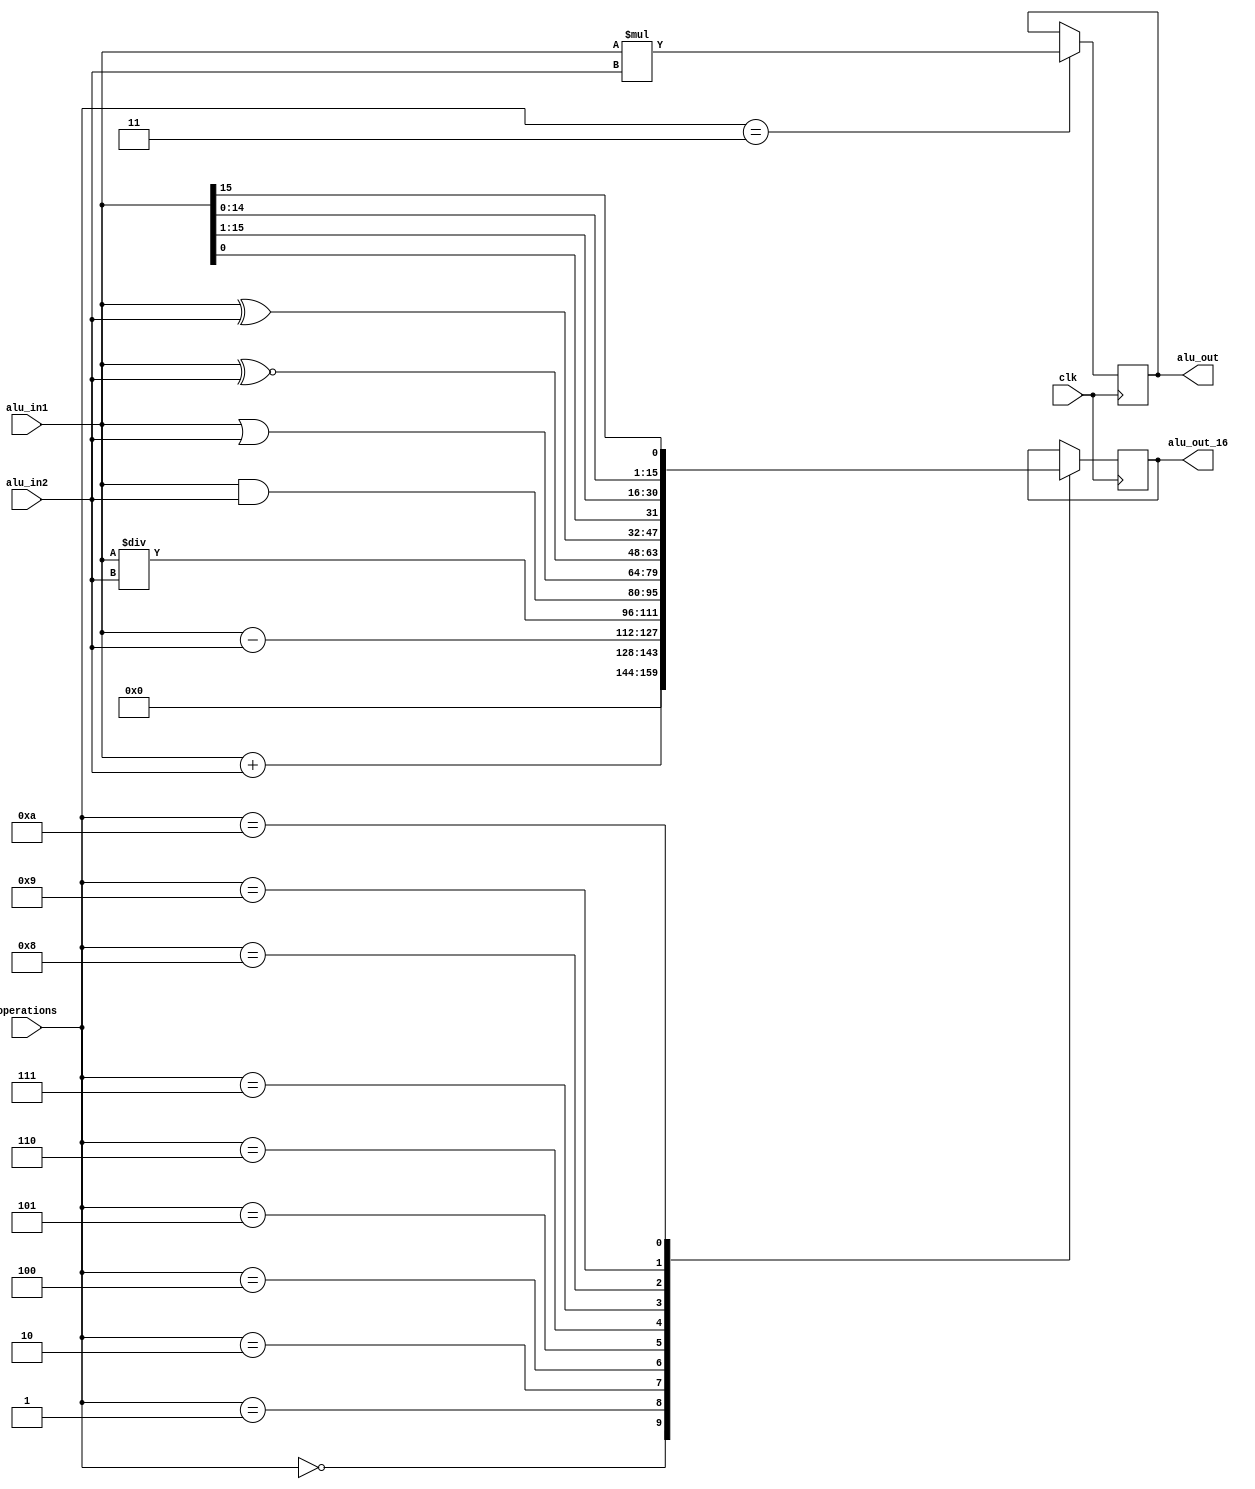
module ALU(
    input clk,
    input signed[15:0] alu_in1,
    input signed[15:0] alu_in2,
    input [3:0]operations,
    output reg[15:0] alu_out_16,
    output reg[31:0] alu_out
);
parameter NOP = 4'b0000;
parameter ADD = 4'b0001;
parameter SUB = 4'b0010;
parameter MUL = 4'b0011;
parameter DIV = 4'b0100;
parameter AND = 4'b0101;
parameter OR = 4'b0110;
parameter NOR = 4'b0111;
parameter XOR = 4'b1000;
parameter ROR = 4'b1001;
parameter ROL = 4'b1010;

always @(posedge clk) begin
    case(operations)
        NOP:alu_out_16<=32'h0;
        ADD:alu_out_16<=alu_in1+alu_in2;
        SUB:alu_out_16<=alu_in1-alu_in2;
        MUL:alu_out<=alu_in1*alu_in2;
        DIV:alu_out_16<=alu_in1/alu_in2;
        AND:alu_out_16<=alu_in1&alu_in2;
        OR:alu_out_16<=alu_in1|alu_in2;
        NOR:alu_out_16<=alu_in1~^alu_in2;
        XOR:alu_out_16<=alu_in1^alu_in2;
        ROR:alu_out_16<={alu_in1[0],alu_in1[15:1]};
        ROL:alu_out_16<={alu_in1[14:0],alu_in1[15]};

    endcase
end
endmodule

module exp8_td;
    reg clk;
    reg[15:0]a;
    reg[15:0]b;
    wire[15:0]result1;
    wire[31:0]result2;
    reg[3:0]o;
    ALU test(clk,a,b,o,result1,result2);
    initial begin
        clk = 0;
        repeat(5000)begin
            #1 clk =~clk;
        end
    end
    initial begin
        $dumpfile("exp8_td.vcd");
        $dumpvars(0,exp8_td);
        a = 16'h1234;
        b = 16'h356a;
        o = 4'b0000;
        repeat(10)begin
            #10 o<=o+4'b0001;
        end
    end 
endmodule //